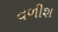
વળીશ